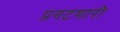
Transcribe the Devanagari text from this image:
प्रगटणारी